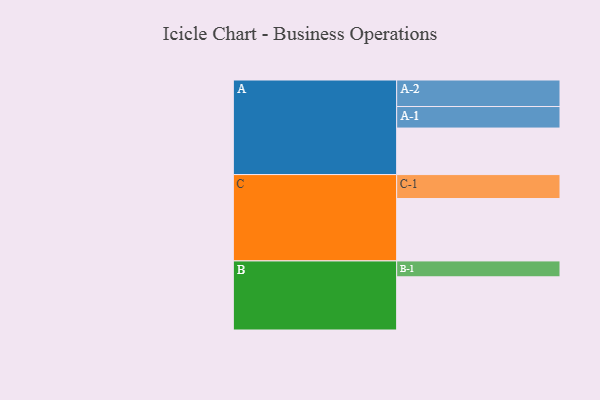
{"axis": {"x": "Segment", "y": "Value"}, "legend": ["", "A", "B", "C"], "data": [{"x": "A", "y": 363, "type": ""}, {"x": "B", "y": 415, "type": ""}, {"x": "C", "y": 487, "type": ""}, {"x": "A-1", "y": 168, "type": "A"}, {"x": "A-2", "y": 207, "type": "A"}, {"x": "B-1", "y": 124, "type": "B"}, {"x": "C-1", "y": 187, "type": "C"}]}